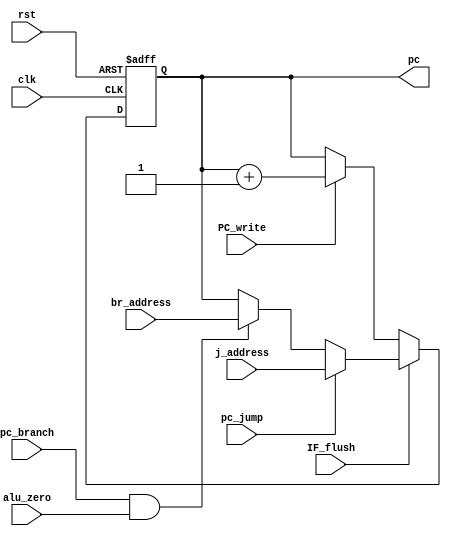
//PROGRAM COUNTER//
module Program_Counter#(parameter p_size = 32,a_size=32) (
  input clk,rst,PC_write,IF_flush,pc_jump,pc_branch,alu_zero,
  input [a_size-1:0] j_address,br_address,
  output reg [p_size-1:0] pc
);
  
   always @(posedge clk, posedge rst) 
     begin
       if (rst)
            pc <= 0;
       else if(IF_flush==1'b1)
          begin
            if(pc_jump == 1'b1)
              pc <= j_address;
            else if(pc_branch == 1'b1 && alu_zero == 1'b1)
              pc <= br_address;
          end
       else if(PC_write==1'b1)
              pc <= pc + 1;
       else
              pc <= pc;
    end
endmodule